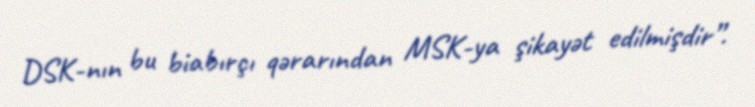
DSK-nın bu biabırçı qərarından MSK-ya şikayət edilmişdir”.